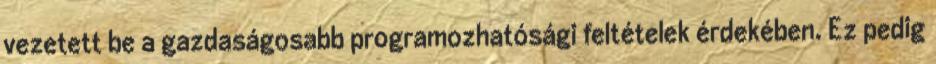
vezetett be a gazdaságosabb programozhatósági feltételek érdekében. Ez pedig